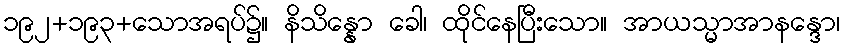
၁၉၂+၁၉၃+သောအရပ်၌။ နိသိန္နော ခေါ၊ ထိုင်နေပြီးသော။ အာယသ္မာအာနန္ဒော၊